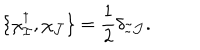
LaTeX: \{ \chi _ { \cal I } ^ { \dagger } , \chi _ { \cal J } \} = { \frac { 1 } { 2 } } \delta _ { { \cal I } { \cal J } } .